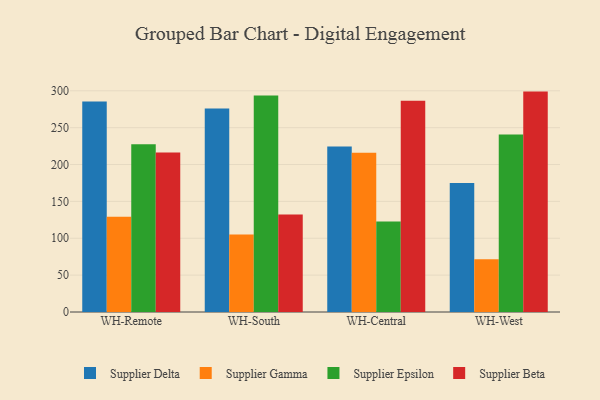
{"axis": {"x": "Warehouse", "y": "Revenue (USD Million)"}, "legend": ["Supplier Beta", "Supplier Delta", "Supplier Epsilon", "Supplier Gamma"], "data": [{"x": "WH-Remote", "y": 285.5, "type": "Supplier Delta"}, {"x": "WH-Remote", "y": 129.2, "type": "Supplier Gamma"}, {"x": "WH-Remote", "y": 227.4, "type": "Supplier Epsilon"}, {"x": "WH-Remote", "y": 216.2, "type": "Supplier Beta"}, {"x": "WH-South", "y": 276.0, "type": "Supplier Delta"}, {"x": "WH-South", "y": 105.1, "type": "Supplier Gamma"}, {"x": "WH-South", "y": 293.7, "type": "Supplier Epsilon"}, {"x": "WH-South", "y": 132.1, "type": "Supplier Beta"}, {"x": "WH-Central", "y": 224.4, "type": "Supplier Delta"}, {"x": "WH-Central", "y": 216.1, "type": "Supplier Gamma"}, {"x": "WH-Central", "y": 122.6, "type": "Supplier Epsilon"}, {"x": "WH-Central", "y": 286.5, "type": "Supplier Beta"}, {"x": "WH-West", "y": 175.0, "type": "Supplier Delta"}, {"x": "WH-West", "y": 71.7, "type": "Supplier Gamma"}, {"x": "WH-West", "y": 240.6, "type": "Supplier Epsilon"}, {"x": "WH-West", "y": 298.9, "type": "Supplier Beta"}]}